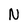
Character: N